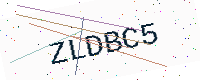
Text: ZLDBC5